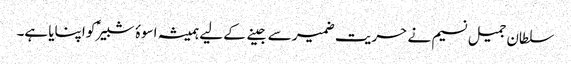
سلطان جمیل نسیم نے حریت ضمیر سے جینے کے لیے ہمیشہ اسوۂ شبیرؑ کو اپنایا ہے۔